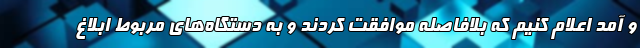
و آمد اعلام کنیم که بلافاصله موافقت کردند و به دستگاه‌های مربوط ابلاغ